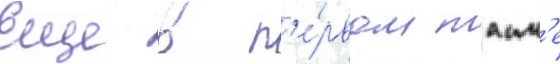
Еще в п'е́рвом таим'е